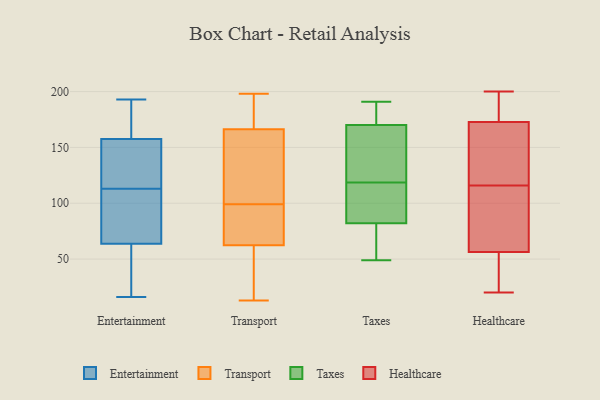
{"axis": {"x": "Operating Costs (USD K)", "y": "Value"}, "legend": ["Entertainment", "Healthcare", "Taxes", "Transport"], "data": [{"x": "", "y": 154, "type": "Entertainment"}, {"x": "", "y": 168, "type": "Entertainment"}, {"x": "", "y": 57, "type": "Entertainment"}, {"x": "", "y": 66, "type": "Entertainment"}, {"x": "", "y": 193, "type": "Entertainment"}, {"x": "", "y": 109, "type": "Entertainment"}, {"x": "", "y": 16, "type": "Entertainment"}, {"x": "", "y": 177, "type": "Entertainment"}, {"x": "", "y": 113, "type": "Entertainment"}, {"x": "", "y": 128, "type": "Entertainment"}, {"x": "", "y": 150, "type": "Entertainment"}, {"x": "", "y": 51, "type": "Entertainment"}, {"x": "", "y": 109, "type": "Entertainment"}, {"x": "", "y": 84, "type": "Transport"}, {"x": "", "y": 99, "type": "Transport"}, {"x": "", "y": 88, "type": "Transport"}, {"x": "", "y": 171, "type": "Transport"}, {"x": "", "y": 152, "type": "Transport"}, {"x": "", "y": 175, "type": "Transport"}, {"x": "", "y": 13, "type": "Transport"}, {"x": "", "y": 64, "type": "Transport"}, {"x": "", "y": 182, "type": "Transport"}, {"x": "", "y": 121, "type": "Transport"}, {"x": "", "y": 61, "type": "Transport"}, {"x": "", "y": 130, "type": "Transport"}, {"x": "", "y": 30, "type": "Transport"}, {"x": "", "y": 198, "type": "Transport"}, {"x": "", "y": 62, "type": "Transport"}, {"x": "", "y": 114, "type": "Taxes"}, {"x": "", "y": 62, "type": "Taxes"}, {"x": "", "y": 49, "type": "Taxes"}, {"x": "", "y": 108, "type": "Taxes"}, {"x": "", "y": 174, "type": "Taxes"}, {"x": "", "y": 96, "type": "Taxes"}, {"x": "", "y": 82, "type": "Taxes"}, {"x": "", "y": 54, "type": "Taxes"}, {"x": "", "y": 102, "type": "Taxes"}, {"x": "", "y": 184, "type": "Taxes"}, {"x": "", "y": 162, "type": "Taxes"}, {"x": "", "y": 170, "type": "Taxes"}, {"x": "", "y": 191, "type": "Taxes"}, {"x": "", "y": 154, "type": "Taxes"}, {"x": "", "y": 123, "type": "Taxes"}, {"x": "", "y": 131, "type": "Taxes"}, {"x": "", "y": 170, "type": "Taxes"}, {"x": "", "y": 63, "type": "Taxes"}, {"x": "", "y": 134, "type": "Healthcare"}, {"x": "", "y": 35, "type": "Healthcare"}, {"x": "", "y": 71, "type": "Healthcare"}, {"x": "", "y": 178, "type": "Healthcare"}, {"x": "", "y": 64, "type": "Healthcare"}, {"x": "", "y": 103, "type": "Healthcare"}, {"x": "", "y": 20, "type": "Healthcare"}, {"x": "", "y": 186, "type": "Healthcare"}, {"x": "", "y": 116, "type": "Healthcare"}, {"x": "", "y": 169, "type": "Healthcare"}, {"x": "", "y": 63, "type": "Healthcare"}, {"x": "", "y": 151, "type": "Healthcare"}, {"x": "", "y": 32, "type": "Healthcare"}, {"x": "", "y": 199, "type": "Healthcare"}, {"x": "", "y": 174, "type": "Healthcare"}, {"x": "", "y": 54, "type": "Healthcare"}, {"x": "", "y": 29, "type": "Healthcare"}, {"x": "", "y": 200, "type": "Healthcare"}, {"x": "", "y": 167, "type": "Healthcare"}]}